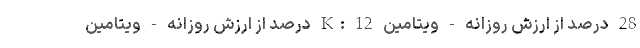
28 درصد از ارزش روزانه - ویتامین K: 12 درصد از ارزش روزانه - ویتامین